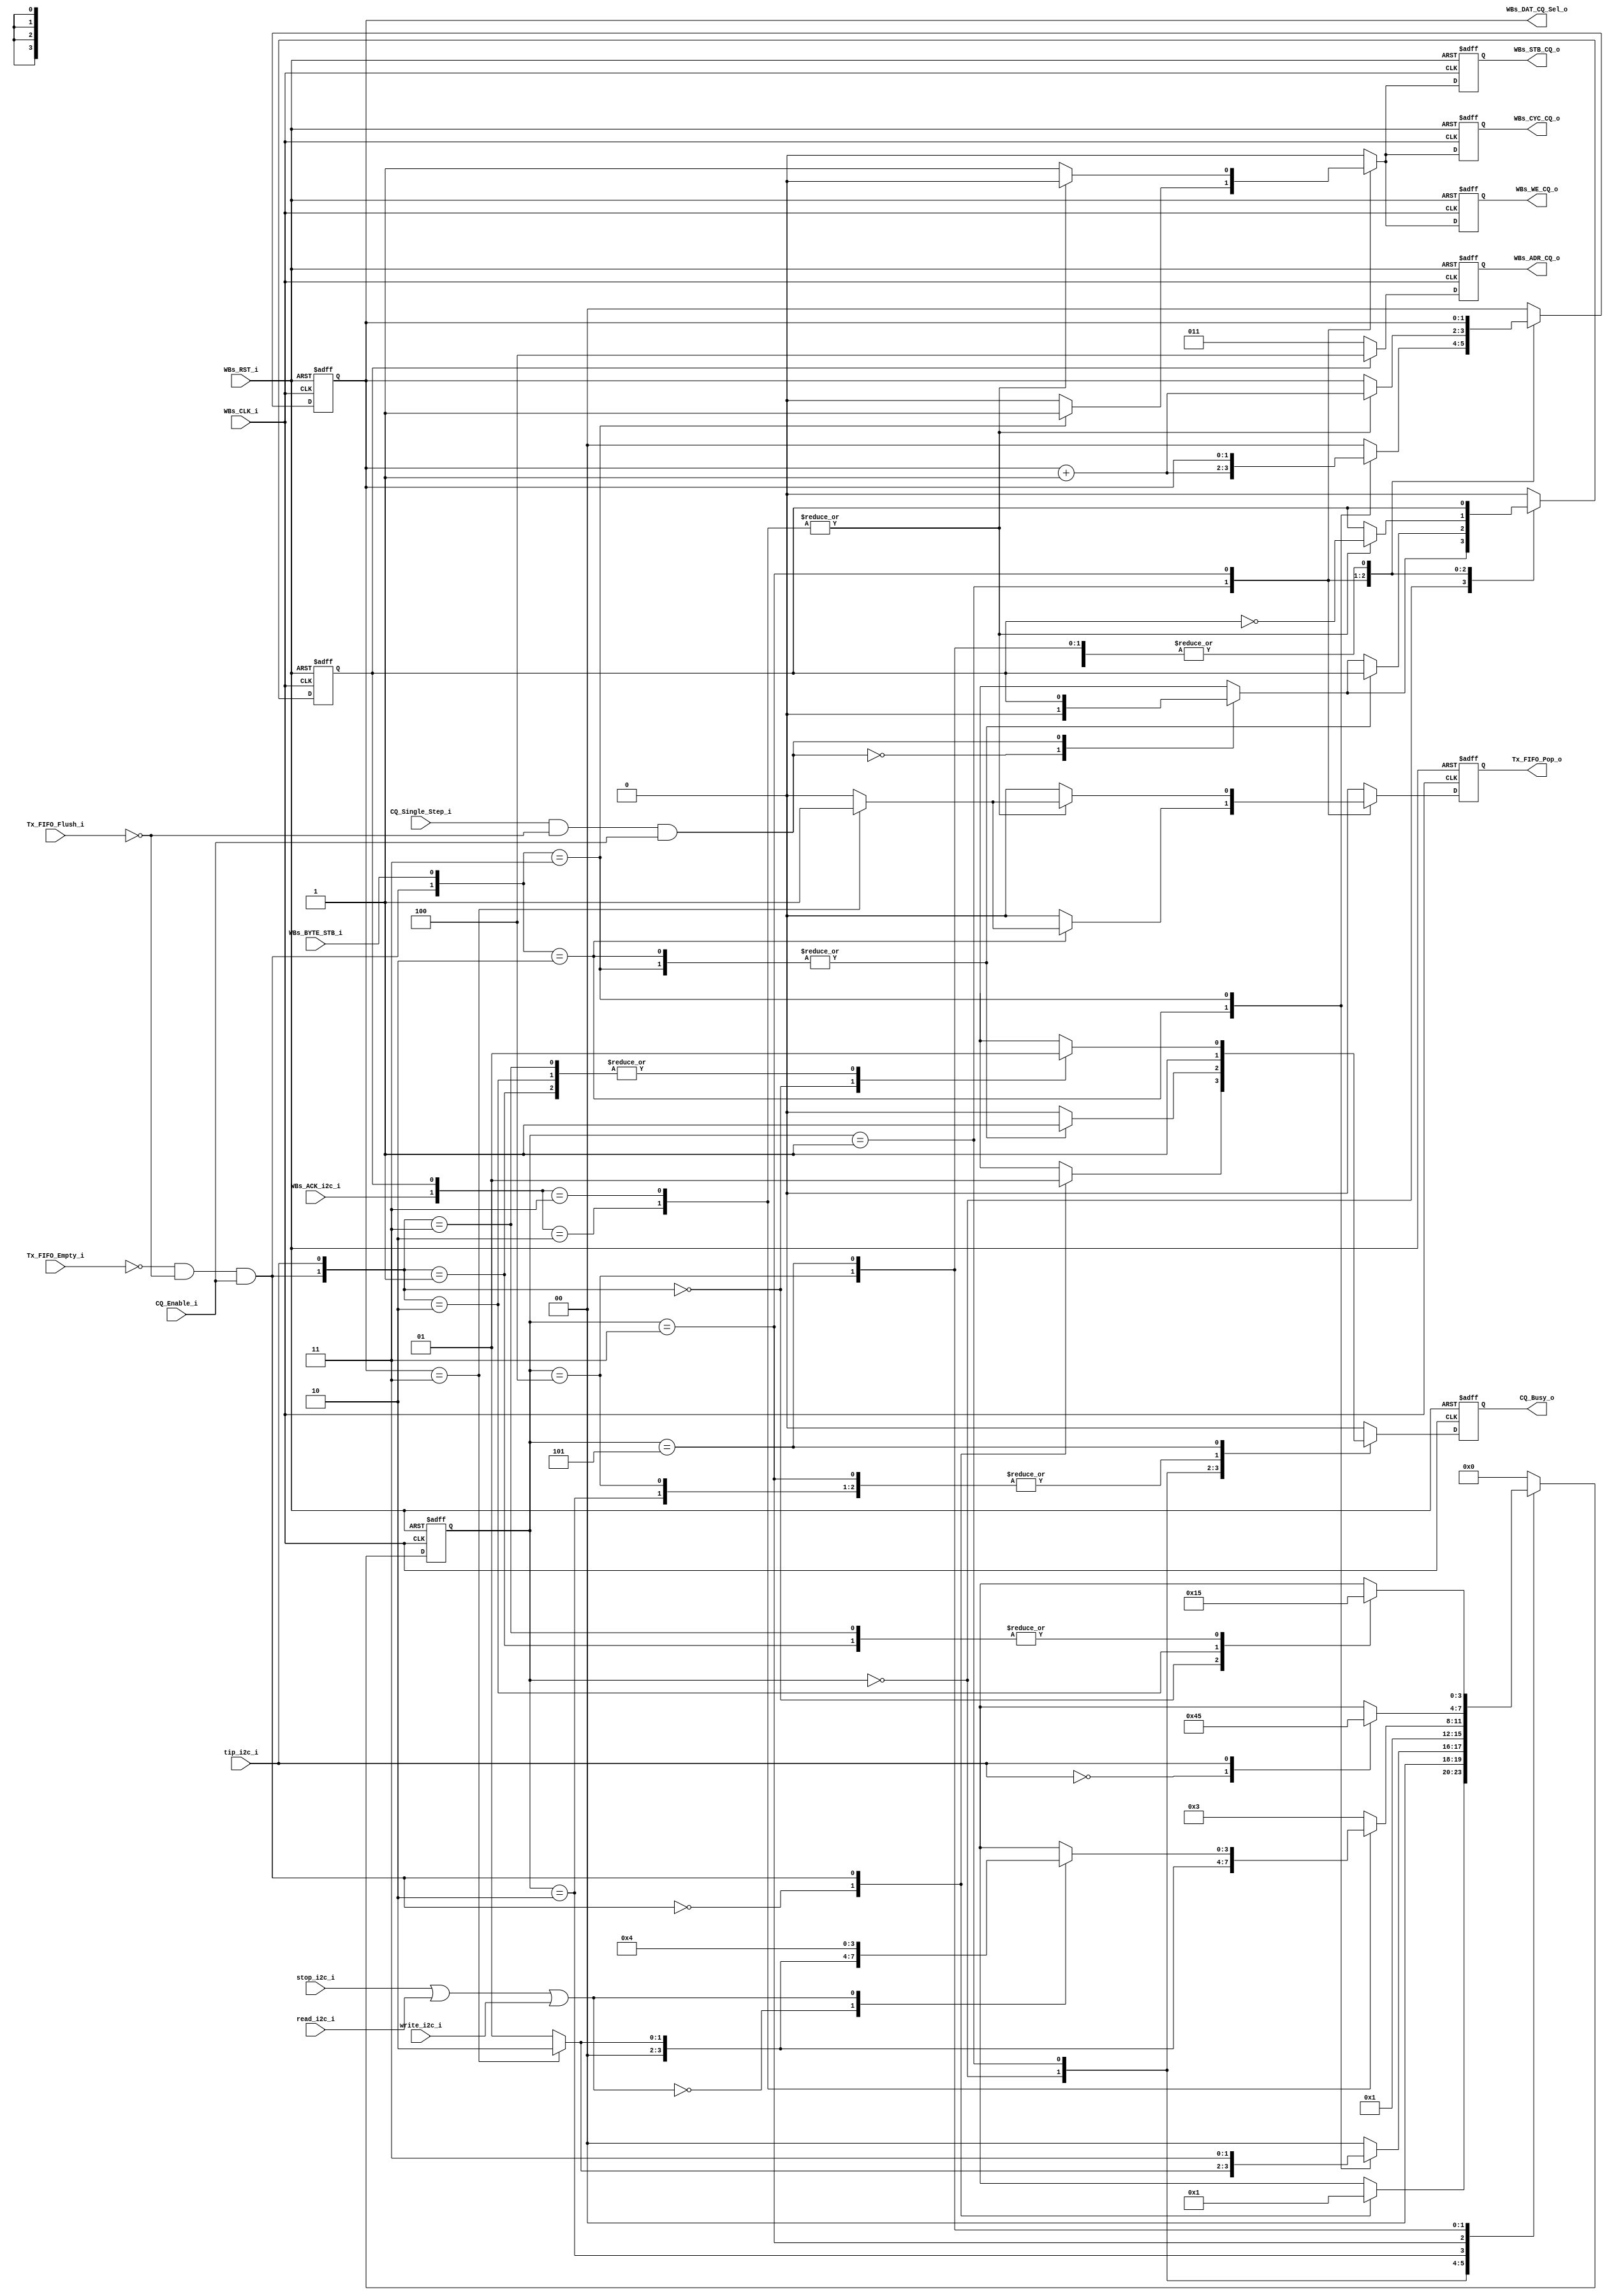
// -----------------------------------------------------------------------------
// title          : I2C Master with Command Queue Statemachine Module
// project        : Tamar2 Device
// -----------------------------------------------------------------------------
// company        : QuickLogic Corp
// last update    : 2016/03/11
// platform       : ArcticLink 4 S3B
// standard       : Verilog 2001
// -----------------------------------------------------------------------------
// description: The I2C Master with Command Queue is designed for use in the 
//              fabric of the AL4S3B. The only AL4S3B specific portion is the 
//              Tx FIFO. This design takes the existing I2C Master and adds a 
//              Tx FIFO. This helps to releave the processor from monitoring 
//              each I2C bus transfer.
// -----------------------------------------------------------------------------
// copyright (c) 2016
// -----------------------------------------------------------------------------
// revisions  :
// date            version    author         description
// 2016/03/11      1.0        Glen Gomes     created
// -----------------------------------------------------------------------------
// Comments: This solution is specifically for use with the QuickLogic
//           AL4S3B device. 
// -----------------------------------------------------------------------------

`timescale 1ns/10ps

module I2C_Master_w_CmdQueue_StateMachine (

                         WBs_CLK_i,
                         WBs_RST_i,

                         WBs_ADR_CQ_o,
                         WBs_CYC_CQ_o,
                         WBs_STB_CQ_o,
                         WBs_WE_CQ_o,

			             WBs_DAT_CQ_Sel_o,

                         WBs_BYTE_STB_i,

                         Tx_FIFO_Flush_i,
                         Tx_FIFO_Empty_i,
                         Tx_FIFO_Pop_o,

                         WBs_ACK_i2c_i,

                         stop_i2c_i,
                         read_i2c_i,
                         write_i2c_i,

                         tip_i2c_i,

                         CQ_Single_Step_i,
                         CQ_Enable_i,
                         CQ_Busy_o

                         );
  

//------Port Parameters----------------
//

//
// None at this time
//

//-----Port Signals--------------------
//  

input                    WBs_CLK_i;           // Fabric Clock               from Fabric
input                    WBs_RST_i;           // Fabric Reset               to   Fabric

output            [2:0]  WBs_ADR_CQ_o;
output                   WBs_CYC_CQ_o;
output                   WBs_STB_CQ_o;
output                   WBs_WE_CQ_o;

output            [1:0]  WBs_DAT_CQ_Sel_o;

input                    WBs_BYTE_STB_i;

input                    Tx_FIFO_Flush_i;
input                    Tx_FIFO_Empty_i;
output                   Tx_FIFO_Pop_o;

input                    WBs_ACK_i2c_i;

input                    stop_i2c_i;
input                    read_i2c_i;
input                    write_i2c_i;

input                    tip_i2c_i;

input                    CQ_Single_Step_i;
input                    CQ_Enable_i;
output                   CQ_Busy_o;


wire                     WBs_CLK_i;
wire                     WBs_RST_i;

reg               [2:0]  WBs_ADR_CQ_o;
wire              [2:0]  WBs_ADR_CQ_o_nxt;

reg                      WBs_CYC_CQ_o;
reg                      WBs_CYC_CQ_o_nxt;

reg                      WBs_STB_CQ_o;
reg                      WBs_STB_CQ_o_nxt;

reg                      WBs_WE_CQ_o;
reg                      WBs_WE_CQ_o_nxt;

reg               [1:0]  WBs_DAT_CQ_Sel_o;
reg               [1:0]  WBs_DAT_CQ_Sel_o_nxt;

wire                     WBs_BYTE_STB_i;

wire                     Tx_FIFO_Flush_i;
wire                     Tx_FIFO_Empty_i;

reg                      Tx_FIFO_Pop_o;
reg                      Tx_FIFO_Pop_o_nxt;

wire                     WBs_ACK_i2c_i;

wire                     stop_i2c_i;
wire                     read_i2c_i;
wire                     write_i2c_i;

wire                     tip_i2c_i;

wire                     CQ_Single_Step_i;

wire                     CQ_Enable_i;

reg                      CQ_Busy_o;
reg                      CQ_Busy_o_nxt;


//------Define Parameters---------
//

//
// Define the Command Queue Statemachine States
//
// Note: These states are chosen to allow for overlap of various signals
//       during operation. This overlap should help reduce timing
//       dependancies.
//

parameter CQ_IDLE              = 3'h0;
parameter CQ_EVAL              = 3'h1;
parameter CQ_INCR              = 3'h2;
parameter CQ_WB_XFR            = 3'h3;
parameter CQ_WAIT_TIP_ON       = 3'h4;
parameter CQ_WAIT_TIP_OFF      = 3'h5;

parameter I2C_COMMAND_REG_ADR  = 3'h4;
parameter I2C_TRANSMIT_REG_ADR = 3'h3;


//-----Internal Signals--------------------
//


//
// Define the Statemachine registers
//
reg               [3:0]  CQ_State            ;
reg               [3:0]  CQ_State_nxt        ;

reg                      CQ_CMD_Phase        ;
reg                      CQ_CMD_Phase_nxt    ;

wire                     CQ_State_Single_Step;

wire                     CQ_State_Enable     ;

wire                     bus_cycle_i2c       ;


//------Logic Operations----------
//


// Define the registers associated with the Command Queue Statemachine
//
always @(posedge WBs_CLK_i or posedge WBs_RST_i) 
begin
    if (WBs_RST_i)
    begin
        CQ_State           <= CQ_IDLE;
        CQ_Busy_o          <=  1'b0  ;
        CQ_CMD_Phase       <=  1'b0  ;

		WBs_ADR_CQ_o       <=  3'h0  ;
		WBs_CYC_CQ_o       <=  1'b0  ;
        WBs_STB_CQ_o       <=  1'b0  ;
        WBs_WE_CQ_o        <=  1'b0  ;

        WBs_DAT_CQ_Sel_o   <=  2'h0  ;

        Tx_FIFO_Pop_o      <=  1'b0  ;
    end
    else 
    begin  
        CQ_State           <=  CQ_State_nxt        ;
        CQ_Busy_o          <=  CQ_Busy_o_nxt       ;
        CQ_CMD_Phase       <=  CQ_CMD_Phase_nxt    ;

		WBs_ADR_CQ_o       <=  WBs_ADR_CQ_o_nxt    ;
		WBs_CYC_CQ_o       <=  WBs_CYC_CQ_o_nxt    ;
        WBs_STB_CQ_o       <=  WBs_STB_CQ_o_nxt    ;
        WBs_WE_CQ_o        <=  WBs_WE_CQ_o_nxt     ;

        WBs_DAT_CQ_Sel_o   <=  WBs_DAT_CQ_Sel_o_nxt;

        Tx_FIFO_Pop_o      <=  Tx_FIFO_Pop_o_nxt   ;
 	end
end   


// Define the conditions for starting the Command Queue Statemachine
//
assign CQ_State_Enable      = (~Tx_FIFO_Empty_i) & (~Tx_FIFO_Flush_i) & CQ_Enable_i ;


// Define the "Single Step" Operation
//
// Note: "Single Step" allows byte writes to the Tx FIFO to work correctly.
//
assign CQ_State_Single_Step = (CQ_Single_Step_i) & (~Tx_FIFO_Flush_i) & CQ_Enable_i ;


// Determine the target I2C Address for each I/O to the I2C Master
//
assign WBs_ADR_CQ_o_nxt     =  CQ_CMD_Phase ?  I2C_COMMAND_REG_ADR : I2C_TRANSMIT_REG_ADR;


// Define the condition when the I2C Master will generate bus traffic on the
// external I2C bus.
//
assign bus_cycle_i2c        = stop_i2c_i
                            | read_i2c_i
                            | write_i2c_i;


// Define the Command Queue Statemachine
//
always @( CQ_State             or
          CQ_State_Enable      or

          CQ_State_Single_Step or

          CQ_CMD_Phase         or

          Tx_FIFO_Flush_i      or
          Tx_FIFO_Empty_i      or

          WBs_DAT_CQ_Sel_o     or
          WBs_BYTE_STB_i       or

		  WBs_ACK_i2c_i        or
          bus_cycle_i2c        or
          tip_i2c_i
         )
begin
    case(CQ_State)
    CQ_IDLE:
	begin

        case(CQ_State_Single_Step)
        1'b0: CQ_CMD_Phase_nxt    <= 1'b0             ;  // 1st phase is data
        1'b1: CQ_CMD_Phase_nxt    <= CQ_CMD_Phase     ;  // Hold the current Command/Data phase
        endcase

		WBs_CYC_CQ_o_nxt          <= 1'b0             ;  // Wishbone bus to I2C is Idle
		WBs_STB_CQ_o_nxt          <= 1'b0             ;  // Wishbone bus to I2C is Idle
		WBs_WE_CQ_o_nxt           <= 1'b0             ;  // Wishbone bus to I2C is Idle
 
        WBs_DAT_CQ_Sel_o_nxt      <= 2'h0             ;  // Point to the first byte out of the FIFO

        Tx_FIFO_Pop_o_nxt         <= 1'b0             ;  // Hold the FIFO

		case(CQ_State_Enable)
		1'b0:    // No Activity
		begin
            CQ_State_nxt          <= CQ_IDLE          ;
		    CQ_Busy_o_nxt         <= 1'b0             ;
        end
		1'b1:    // Start at the Command Queue Processing
		begin
            CQ_State_nxt          <= CQ_EVAL          ;
		    CQ_Busy_o_nxt         <= 1'b1             ;
        end
        endcase

	end
	CQ_EVAL:
    begin
        case( {CQ_State_Enable, WBs_BYTE_STB_i} )
        2'b10:                                           // Invalid Byte in the FIFO
        begin
            case( WBs_DAT_CQ_Sel_o)
            2'b11:                                       // Need to get a new 32-bit value
            begin
                CQ_State_nxt      <= CQ_INCR          ;  // Get a new 32-bit value from the FIFO
                Tx_FIFO_Pop_o_nxt <= 1'b1             ;  // Increment the FIFO
            end
            default:                                     // Continue to check the current 32-bit value
            begin
                CQ_State_nxt      <= CQ_EVAL          ;  // Check for valid Command/Data
                Tx_FIFO_Pop_o_nxt <= 1'b0             ;  // Hold the FIFO
            end
            endcase

		    CQ_Busy_o_nxt         <= 1'b1             ;  // Command Queue Busy with transfers
            CQ_CMD_Phase_nxt      <= CQ_CMD_Phase     ;  // Hold the current Command/Data phase

		    WBs_CYC_CQ_o_nxt      <= 1'b0             ;  // Wishbone bus to I2C is Idle
		    WBs_STB_CQ_o_nxt      <= 1'b0             ;  // Wishbone bus to I2C is Idle
		    WBs_WE_CQ_o_nxt       <= 1'b0             ;  // Wishbone bus to I2C is Idle

            WBs_DAT_CQ_Sel_o_nxt  <= WBs_DAT_CQ_Sel_o + 1'b1; // Increment the byte selection
        end
        2'b11:                                           // Valid Byte in the FIFO
        begin
            CQ_State_nxt          <= CQ_WB_XFR        ;  // Write the Byte to the I2C Master
		    CQ_Busy_o_nxt         <= 1'b1             ;  // Command Queue Busy with transfers
            CQ_CMD_Phase_nxt      <= CQ_CMD_Phase     ;  // Hold the current Command/Data phase

		    WBs_CYC_CQ_o_nxt      <= 1'b1             ;  // Begin Wishbone bus to I2C Master transfer
		    WBs_STB_CQ_o_nxt      <= 1'b1             ;  // Begin Wishbone bus to I2C Master transfer
		    WBs_WE_CQ_o_nxt       <= 1'b1             ;  // Begin Wishbone bus to I2C Master transfer

            WBs_DAT_CQ_Sel_o_nxt  <= WBs_DAT_CQ_Sel_o ;  // Hold the current byte selection

            Tx_FIFO_Pop_o_nxt     <= 1'b0             ;  // Hold the FIFO
        end
        default:
        begin
            CQ_State_nxt          <= CQ_IDLE          ;  // No more data to process
		    CQ_Busy_o_nxt         <= 1'b0             ;  // Command Queue is done with transfers

            case(CQ_State_Single_Step)
            1'b0: CQ_CMD_Phase_nxt <= 1'b0            ;  // 1st phase is data
            1'b1: CQ_CMD_Phase_nxt <= CQ_CMD_Phase    ;  // Hold the current Command/Data phase
            endcase

		    WBs_CYC_CQ_o_nxt      <= 1'b0             ;  // Wishbone bus to I2C is Idle
		    WBs_STB_CQ_o_nxt      <= 1'b0             ;  // Wishbone bus to I2C is Idle
		    WBs_WE_CQ_o_nxt       <= 1'b0             ;  // Wishbone bus to I2C is Idle

            WBs_DAT_CQ_Sel_o_nxt  <= 3'h0             ;  // Hold the current byte selection

            Tx_FIFO_Pop_o_nxt     <= 1'b0             ;  // Hold the FIFO
        end
        endcase
    end
	CQ_INCR:
    begin
        CQ_State_nxt              <= CQ_EVAL          ;
		CQ_Busy_o_nxt             <= 1'b1             ;  // Command Queue Busy with transfers
        CQ_CMD_Phase_nxt          <= CQ_CMD_Phase     ;  // Hold the current Command/Data phase

		WBs_CYC_CQ_o_nxt          <= 1'b0             ;  // Wishbone bus to I2C is Idle
		WBs_STB_CQ_o_nxt          <= 1'b0             ;  // Wishbone bus to I2C is Idle
		WBs_WE_CQ_o_nxt           <= 1'b0             ;  // Wishbone bus to I2C is Idle

        WBs_DAT_CQ_Sel_o_nxt      <= WBs_DAT_CQ_Sel_o ;  // Hold the current byte selection

        Tx_FIFO_Pop_o_nxt         <= 1'b0             ;  // Hold the FIFO
    end
	CQ_WB_XFR:
    begin
        case( {WBs_ACK_i2c_i,  CQ_CMD_Phase} )
        2'b10: 
        begin
            // Check if a new 32-bit word needs to be read from the FIFO
            //
            case(WBs_DAT_CQ_Sel_o)
            2'b11: 
            begin
                CQ_State_nxt      <= CQ_INCR                ; // Wishbone Acknowledge received
                Tx_FIFO_Pop_o_nxt <= 1'b1                   ; // Get the next value from the FIFO
            end
            default: 
            begin
                CQ_State_nxt      <= CQ_EVAL                ; // Wishbone Acknowledge received
                Tx_FIFO_Pop_o_nxt <= 1'b0                   ; // Hold the FIFO
            end
            endcase

            CQ_CMD_Phase_nxt      <= ~CQ_CMD_Phase          ; // Switch to the next command/data phase
		    WBs_CYC_CQ_o_nxt      <= 1'b0                   ; // Wishbone bus to I2C is Idle
		    WBs_STB_CQ_o_nxt      <= 1'b0                   ; // Wishbone bus to I2C is Idle
		    WBs_WE_CQ_o_nxt       <= 1'b0                   ; // Wishbone bus to I2C is Idle
            WBs_DAT_CQ_Sel_o_nxt  <= WBs_DAT_CQ_Sel_o + 1'b1; // Increment the byte selection
        end
        2'b11: 
        begin
            case(bus_cycle_i2c)
            1'b0:                                             // No I2C Bus Transfer
            begin
                // Check if a new 32-bit word needs to be read from the FIFO
                //
                case(WBs_DAT_CQ_Sel_o)
                2'b11:   
                begin
                    CQ_State_nxt      <= CQ_INCR            ; // Wishbone Acknowledge received
                    Tx_FIFO_Pop_o_nxt <= 1'b1               ; // Get the next value from the FIFO
                end
                default: 
                begin
                    CQ_State_nxt      <= CQ_EVAL            ; // Wishbone Acknowledge received
                    Tx_FIFO_Pop_o_nxt <= 1'b0               ; // Hold the FIFO
                end
                endcase
            end
            1'b1:                                             // I2C Bus Transfer
            begin
                CQ_State_nxt      <= CQ_WAIT_TIP_ON         ; // Wishbone Acknowledge received

                // Check if a new 32-bit word needs to be read from the FIFO
                //
                case(WBs_DAT_CQ_Sel_o)
                2'b11:   Tx_FIFO_Pop_o_nxt <= 1'b1          ; // Get the next value from the FIFO
                default: Tx_FIFO_Pop_o_nxt <= 1'b0          ; // Hold the FIFO
                endcase
            end
            endcase

            CQ_CMD_Phase_nxt      <= ~CQ_CMD_Phase          ; // Switch to the next command/data phase
		    WBs_CYC_CQ_o_nxt      <= 1'b0                   ; // Wishbone bus to I2C is Idle
		    WBs_STB_CQ_o_nxt      <= 1'b0                   ; // Wishbone bus to I2C is Idle
		    WBs_WE_CQ_o_nxt       <= 1'b0                   ; // Wishbone bus to I2C is Idle
            WBs_DAT_CQ_Sel_o_nxt  <= WBs_DAT_CQ_Sel_o + 1'b1; // Increment the byte selection

        end
        default:
        begin
            CQ_State_nxt          <= CQ_WB_XFR              ; // Wait for the Wishbone Acknowledge
            CQ_CMD_Phase_nxt      <= CQ_CMD_Phase           ; // Hold the current data phase
		    WBs_CYC_CQ_o_nxt      <= 1'b1                   ; // Wishbone bus to I2C is Active
		    WBs_STB_CQ_o_nxt      <= 1'b1                   ; // Wishbone bus to I2C is Active
		    WBs_WE_CQ_o_nxt       <= 1'b1                   ; // Wishbone bus to I2C is Active
            WBs_DAT_CQ_Sel_o_nxt  <= WBs_DAT_CQ_Sel_o       ; // Hold the current byte selection
            Tx_FIFO_Pop_o_nxt     <= 1'b0                   ; // Hold the FIFO
        end
        endcase

		CQ_Busy_o_nxt             <= 1'b1                   ; // Command Queue Busy with transfers
    end
	CQ_WAIT_TIP_ON:
    begin
        // Wait for the I2C Master to begin its I2C bus transfer
        //
        case( tip_i2c_i )
        1'b0: CQ_State_nxt        <= CQ_WAIT_TIP_ON   ;  // Wait for the I2C Master to start its I2C Bus transfers
        1'b1: CQ_State_nxt        <= CQ_WAIT_TIP_OFF  ;  // The I2C Master began its I2C Bus transfers
        endcase

        CQ_Busy_o_nxt             <= 1'b1             ;  // Command Queue Busy with transfers
        CQ_CMD_Phase_nxt          <= CQ_CMD_Phase     ;  // Hold Phase Selections

		WBs_CYC_CQ_o_nxt          <= 1'b0             ;  // Between Wishbone Transfers
		WBs_STB_CQ_o_nxt          <= 1'b0             ;  // Between Wishbone Transfers
		WBs_WE_CQ_o_nxt           <= 1'b0             ;  // Between Wishbone Transfers

        WBs_DAT_CQ_Sel_o_nxt      <= WBs_DAT_CQ_Sel_o ;  // Hold the current selection

        Tx_FIFO_Pop_o_nxt         <= 1'b0             ;  // Hold the FIFO
    end
	CQ_WAIT_TIP_OFF:
    begin
        // Wait for the I2C Master to begin its I2C bus transfer
        //
        case( {CQ_State_Enable, tip_i2c_i}  )
        2'b00: 
        begin
            CQ_State_nxt          <= CQ_IDLE          ;  // Processing complete
		    CQ_Busy_o_nxt         <= 1'b0             ;  // Command Queue is not Busy with transfers
        end
        2'b01: 
        begin
            CQ_State_nxt          <= CQ_WAIT_TIP_OFF  ;  // Wait for the current I2C Bus transfer to complete before ending CQ processing
		    CQ_Busy_o_nxt         <= 1'b1             ;  // Command Queue Busy with transfers
        end
        2'b10: 
        begin
            CQ_State_nxt          <= CQ_EVAL          ;  // Look to the next transfer
		    CQ_Busy_o_nxt         <= 1'b1             ;  // Command Queue Busy with transfers
        end
        2'b11: 
        begin
            CQ_State_nxt          <= CQ_WAIT_TIP_OFF  ;  // Wait for the current I2C Bus transfer to complete
		    CQ_Busy_o_nxt         <= 1'b1             ;  // Command Queue Busy with transfers
        end
        endcase

        CQ_CMD_Phase_nxt          <= CQ_CMD_Phase     ;  // Hold Phase Selections

		WBs_CYC_CQ_o_nxt          <= 1'b0             ;  // Between Wishbone Transfers
		WBs_STB_CQ_o_nxt          <= 1'b0             ;  // Between Wishbone Transfers
		WBs_WE_CQ_o_nxt           <= 1'b0             ;  // Between Wishbone Transfers

        WBs_DAT_CQ_Sel_o_nxt      <= WBs_DAT_CQ_Sel_o ;  // Hold the current byte selection

        Tx_FIFO_Pop_o_nxt         <= 1'b0             ;  // Hold the FIFO
    end
	default:
    begin
        CQ_State_nxt              <= CQ_IDLE          ;  // Waiting for the start of processing
		CQ_Busy_o_nxt             <= 1'b0             ;  // Command Queue is not busy with transfers
        CQ_CMD_Phase_nxt          <= 1'b0             ;  // 1st phase is data

		WBs_CYC_CQ_o_nxt          <= 1'b0             ;  // Wishbone bus to I2C is Idle
		WBs_STB_CQ_o_nxt          <= 1'b0             ;  // Wishbone bus to I2C is Idle
		WBs_WE_CQ_o_nxt           <= 1'b0             ;  // Wishbone bus to I2C is Idle

        WBs_DAT_CQ_Sel_o_nxt      <= 2'h0             ;  // Point to the first byte out of the FIFO

        Tx_FIFO_Pop_o_nxt         <= 1'b0             ;  // Hold the FIFO
    end
	endcase
end	


endmodule